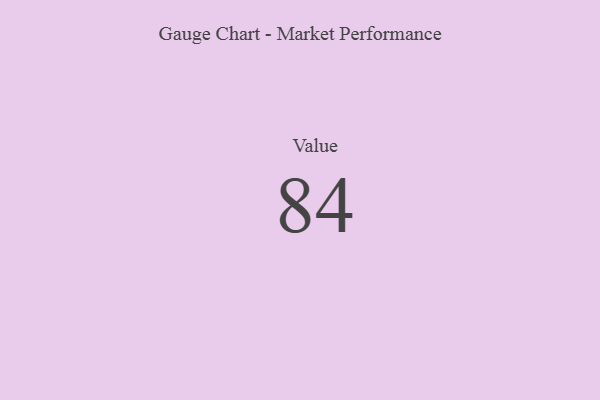
{"axis": {"x": "Metric", "y": "Value"}, "legend": [""], "data": [{"x": "Value", "y": 84, "type": ""}]}